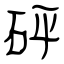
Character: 砰